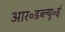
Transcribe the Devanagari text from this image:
आर॰डब्ल्यू॰ई